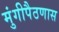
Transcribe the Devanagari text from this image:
मुंगीपैठणास